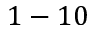
1 - 1 0